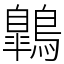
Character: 鷱